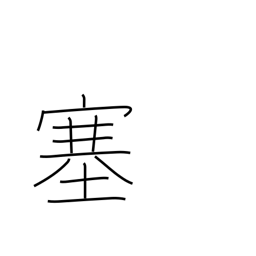
Meaning: shut